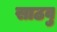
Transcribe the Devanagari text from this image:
साठवु